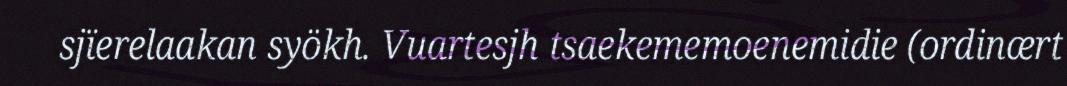
sjïerelaakan syökh. Vuartesjh tsaekememoenemidie (ordinært